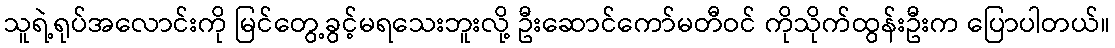
သူရဲ့ရုပ်အလောင်းကို မြင်တွေ့ခွင့်မရသေးဘူးလို့ ဦးဆောင်ကော်မတီဝင် ကိုသိုက်ထွန်းဦးက ပြောပါတယ်။